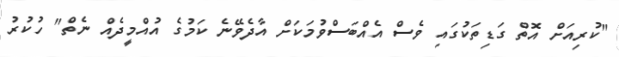
"ކުރިއަށް އޮތް ގަޑިތަކުގައި ވެސް އެއްބަސްވުމަކަށް އާދެވޭނެ ކަމުގެ އުއްމީދެއް ނެތް" ހުކުރު